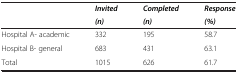
<table><thead><tr><td><b> </b></td><td><b><i>Invited</i></b></td><td><b><i>Completed</i></b></td><td><b><i>Response</i></b></td></tr><tr><td><b> </b></td><td><b><i>(n)</i></b></td><td><b><i>(n)</i></b></td><td><b><i>(%)</i></b></td></tr></thead><tbody><tr><td>Hospital A- academic</td><td>332</td><td>195</td><td>58.7</td></tr><tr><td>Hospital B- general</td><td>683</td><td>431</td><td>63.1</td></tr><tr><td>Total</td><td>1015</td><td>626</td><td>61.7</td></tr></tbody></table>